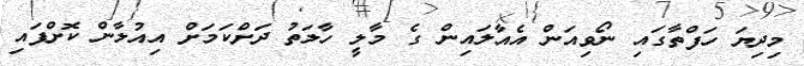
މިދިޔަ ހަފްތާގައި ނޯވިއަން އެއާލައިން ގެ މާލީ ހާލަތު ދަށްކަމަށް އިއުލާން ކޮށްފައި